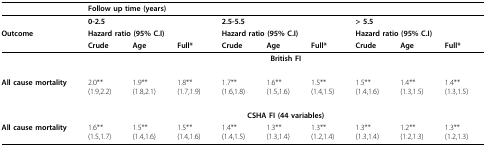
<table><thead><tr><td></td><td colspan="9"><b>Follow up time (years)</b></td></tr><tr><td></td><td colspan="3"><b>0-2.5</b></td><td colspan="3"><b>2.5-5.5</b></td><td colspan="3"><b>&gt; 5.5</b></td></tr><tr><td><b>Outcome</b></td><td colspan="3"><b>Hazard ratio (95% C.I)</b></td><td colspan="3"><b>Hazard ratio (95% C.I)</b></td><td colspan="3"><b>Hazard ratio (95% C.I)</b></td></tr><tr><td></td><td><b>Crude</b></td><td><b>Age</b></td><td><b>Full*</b></td><td><b>Crude</b></td><td><b>Age</b></td><td><b>Full*</b></td><td><b>Crude</b></td><td><b>Age</b></td><td><b>Full*</b></td></tr></thead><tbody><tr><td></td><td colspan="9"><b>British FI</b></td></tr><tr><td><b>All cause mortality</b></td><td>2.0**(1.9,2.2)</td><td>1.9**(1.8,2.1)</td><td>1.8**(1.7,1.9)</td><td>1.7**(1.6,1.8)</td><td>1.6**(1.5,1.6)</td><td>1.5**(1.4,1.5)</td><td>1.5**(1.4,1.6)</td><td>1.4**(1.3,1.5)</td><td>1.4**(1.3,1.5)</td></tr><tr><td></td><td colspan="9"><b>CSHA FI (44 variables)</b></td></tr><tr><td><b>All cause mortality</b></td><td>1.6**(1.5,1.7)</td><td>1.5**(1.4,1.6)</td><td>1.5**(1.4,1.6)</td><td>1.4**(1.4,1.5)</td><td>1.3**(1.3,1.4)</td><td>1.3**(1.2,1.4)</td><td>1.3**(1.3,1.4)</td><td>1.2**(1.2,1.3)</td><td>1.3**(1.2,1.3)</td></tr></tbody></table>